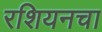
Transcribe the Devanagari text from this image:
रशियनचा